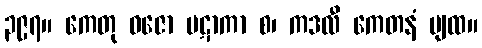
၃၉၇။ ကေတု ဓဇော ပဋာကာ စ၊ ကဒလီ ကေတနံ ပျထ။